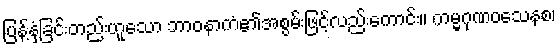
ပြန့်နှံ့ခြင်းတည်းဟူသော ဘာဝနာကံ၏အစွမ်းဖြင့်လည်းကောင်း။ ကမ္မဂုဏဝသေနစ၊